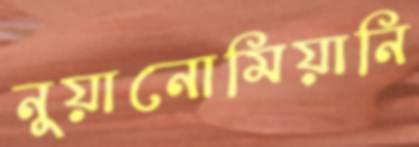
নুয়ানোমিয়ানি